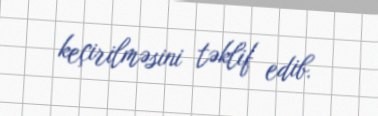
keçirilməsini təklif edib.